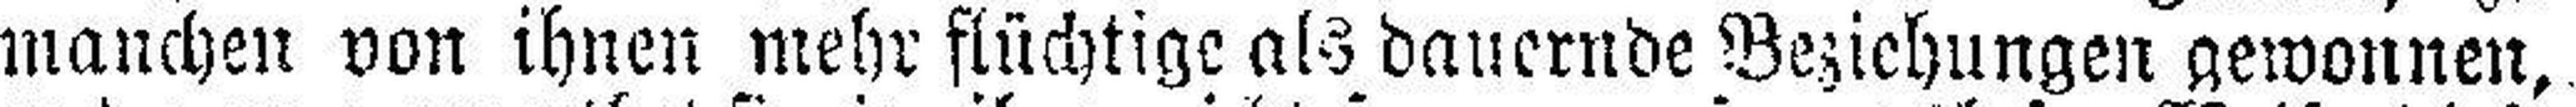
manchen von ihnen mehr flüchtige als dauernde Beziehungen gewonnen,